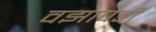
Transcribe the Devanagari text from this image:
वझापडी